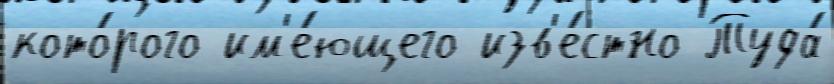
кото́рого им'е́ющего изв'е́стно Туда́